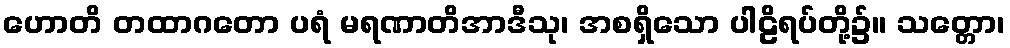
ဟောတိ တထာဂတော ပရံ မရဏာတိအာဒီသု၊ အစရှိသော ပါဠိရပ်တို့၌။ သတ္တော၊